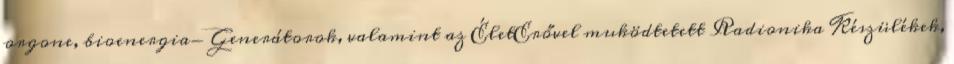
orgone, bioenergia- Generátorok, valamint az ÉletErővel muködtetett Radionika Készülékek,